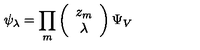
\psi _ { \lambda } = \prod _ { m } \left( \begin{array} { c } { z _ { m } } \\ { \lambda } \\ \end{array} \right) \Psi _ { V }